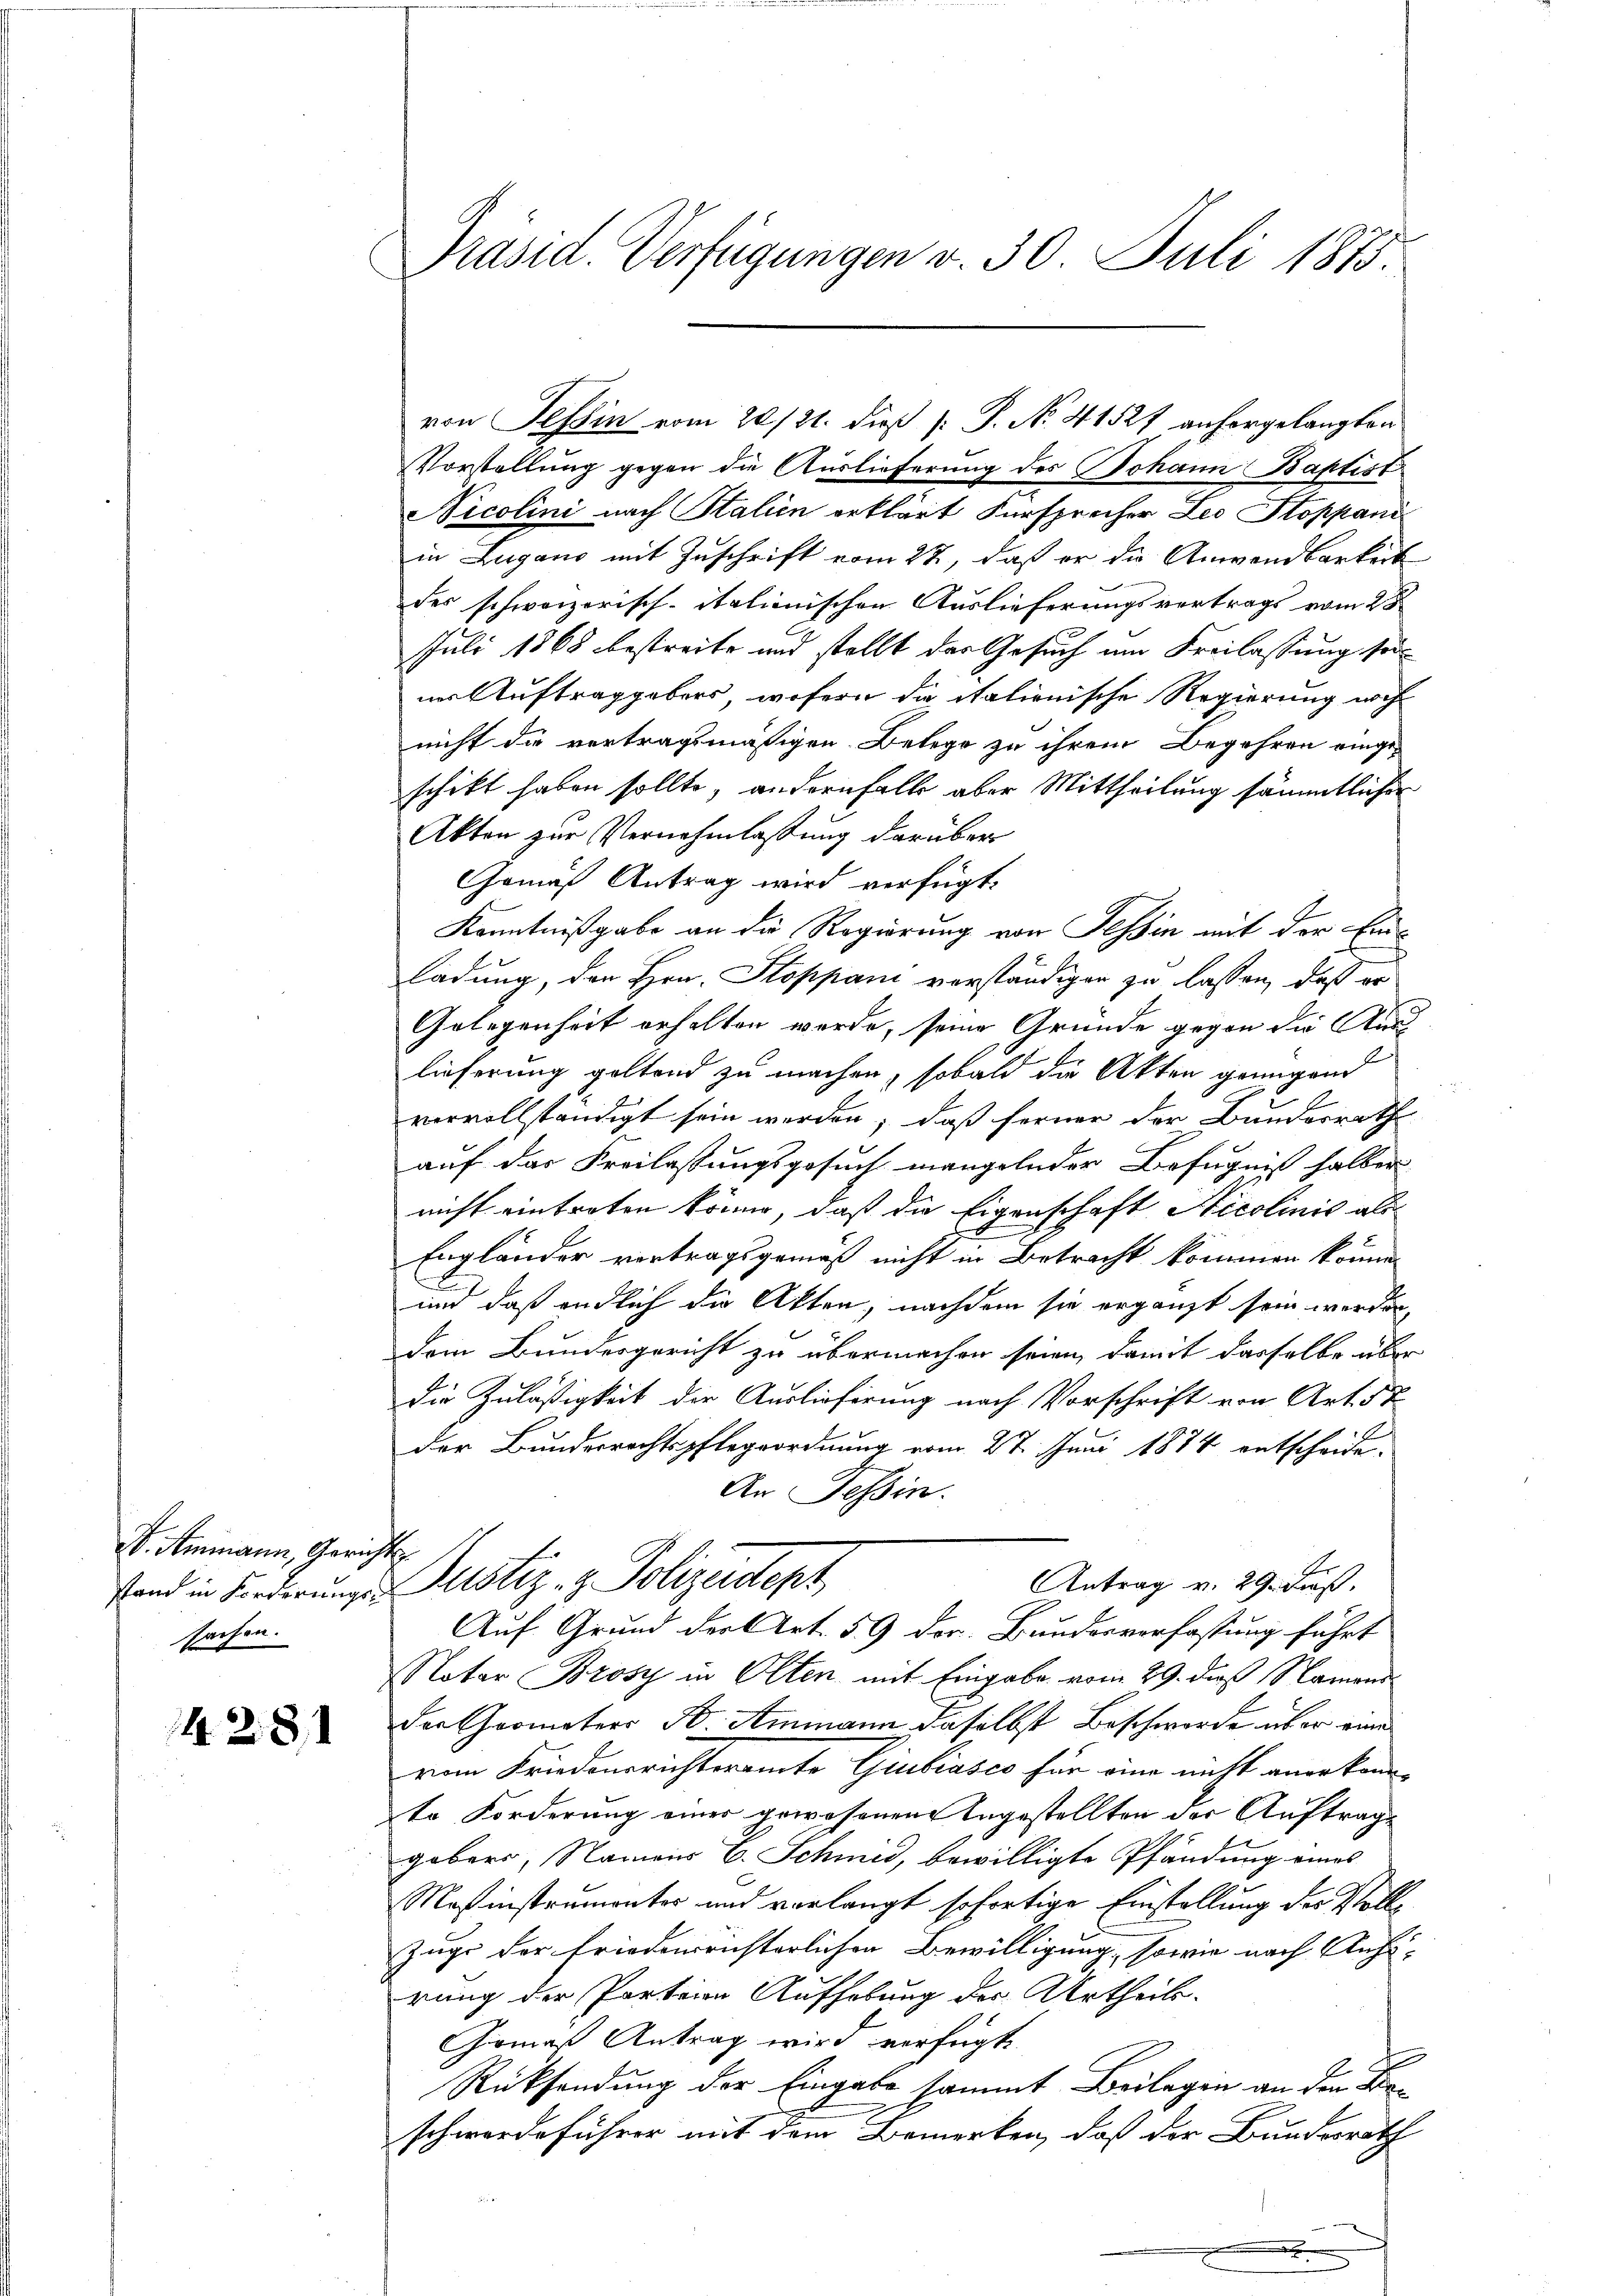
S. Ammann, Gerichts
sachen.

428

von Tessin vom 20./21. dieß [ P. No. 41527 anhergelangten
Vorstellung gegen die Auslieferung des Johann Baptist
Vicolini nach Stalien erklärt Fürsprecher Leo Stoppani
in Lugano mit Zuschrift vom 22, daß er die Anwendbarkeit
des schweizerisch-itationischen Auslieferungsvertrags vom 28
Juli 1868 bestreite und stellt der Gesuch um Freilassung seiim Auftraggebers, wofern die itationische Regierung noch
nicht die vertragsmäßigen Belege zu ihrem Begehren einge-
schikt haben sollte, andernfalls aber Mittheilung sämmtlicher
Akten zur Vernehmlassung darüber
Gomas Antrag wird verfügt:
Kenntnißgabe an die Regierung von Tessin mit der Einladung, den Hrn. Stoppani vorständigen zu lassen, daß er
Gelegenheit erhalten wurde, seine Gründe gegen die Auss
lieferung geltend zu machen, sobald die Akten genügend
vervollständigt sein werden, daß ferner der Bundesrath
auf das Freilassungsgesuch mangelnder Befugniß halben
nicht eintreten könne, daß die Eigenschaft Nicolinić als
Engländer vertragsgemäß nicht in Betracht kommen könne.
und daß endlich die Akten, nachdem sie ergänzt sein werden,
dem Bundesgericht zu übermachen seien, damit dasselbe über
Die Zuläßigkeit der Auslieferung nach Vorschrift von Art. 57
der Bundesrechtspflegeordnung vom 27. Juni 1874 entscheide-
An Tessin.
Antrag v. 29. Fuß,
stand in Forderunge Justiz- & Polizeidept
Auf Grund der Art. 59 der Bundesverfassung führt
Notar Brosy in Olten mit Eingabe vom 29. dieß Namend
der Gromaters W. Ammann daselbst Beschwerde über von
vom Friedonerichteramte Giubiasco für eine nicht anerkann
zte Forderung einer gewesenen Angestellten der Auftrage
gebers, Namens E. Schmid, bewilligte Pfändung eines
Masinstrumenter und verlangt sofortige Einstellung der Voll¬
Zuge der friederichterlichen Bewilligung, sowie nach Anhörung der Parteien Aufhebung der Urtheile.
Giomaß Antrag wird verfügt
2
Rücksendung der Eingabe sammt Beilagen an den Beschwerdeführer mit dem Bemerken, daß der Bundesrath

Präsid. Verfügungen v. 30. Juli 1873.